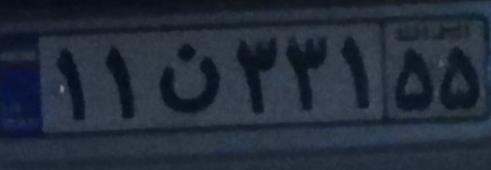
۱۱ن۳۳۱۵۵